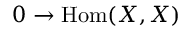
0 \to \operatorname { H o m } ( X , X )